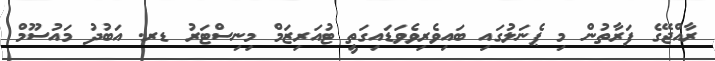
ރާއްޖޭގެ ފަރާތުން މި ޕެނަލުގައި ބައިވެރިވެވަޑައިގަތީ ޓުއަރިޒަމް މިނިސްޓަރު ޑރ. އަބުދު މައުސޫމް